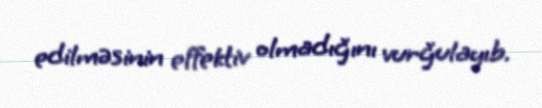
edilməsinin effektiv olmadığını vurğulayıb.